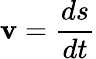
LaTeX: \mathbf{v}=\frac{{ds}}{{dt}}